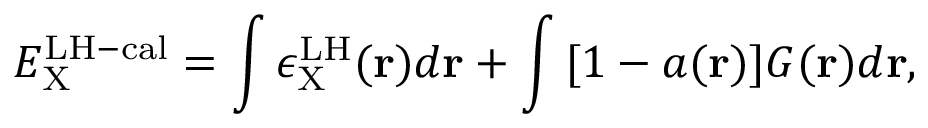
E _ { \mathrm { X } } ^ { \mathrm { L H - c a l } } = \int { \epsilon _ { \mathrm { X } } ^ { \mathrm { L H } } ( \mathbf { r } ) d \mathbf { r } } + \int { [ 1 - a ( \mathbf { r } ) ] G ( \mathbf { r } ) d \mathbf { r } } ,